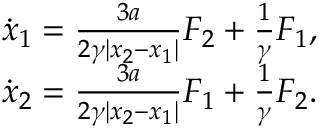
\begin{array} { r } { \dot { x } _ { 1 } = \frac { 3 a } { 2 \gamma | x _ { 2 } - x _ { 1 } | } F _ { 2 } + \frac { 1 } { \gamma } F _ { 1 } , } \\ { \dot { x } _ { 2 } = \frac { 3 a } { 2 \gamma | x _ { 2 } - x _ { 1 } | } F _ { 1 } + \frac { 1 } { \gamma } F _ { 2 } . } \end{array}